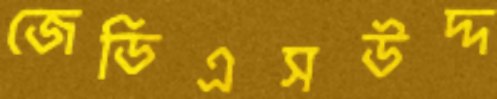
জেডিএসউদ্দ